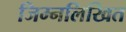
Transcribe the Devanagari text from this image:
जिम्नलिखित